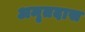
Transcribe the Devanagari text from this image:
अमृतदास